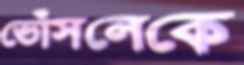
ভোঁসলেকে